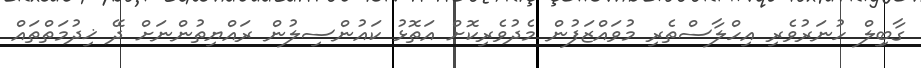
ގާބިިލް ހުނަރުވެރި އިހްލާސްތެރި މުވައްޒަފުން މެދުވެރިކޮށް އަތޮޅު ކައުންސިލުން ރައްޔިތުންނަށް ދޭ ޚިދުމަތްތައް